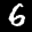
Label: 6